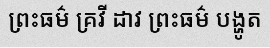
ព្រះធម៌ គ្រវី ដាវ ព្រះធម៌ បង្ហូត